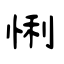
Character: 悧